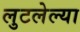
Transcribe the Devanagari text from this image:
लुटलेल्या